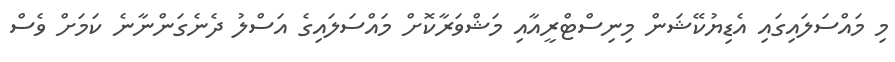
މި މައްސަލައިގައި އެޑިޔުކޭޝަން މިނިސްޓްރީއާއި މަޝްވަރާކޮށް މައްސަލައިގެ އަސްލު ދެނެގަންނާނެ ކަމަށް ވެސް